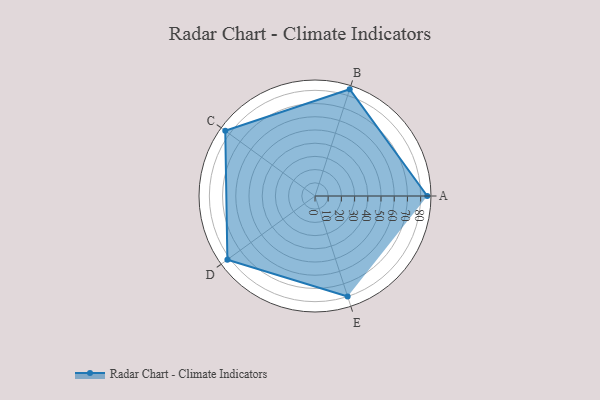
{"axis": {"x": "Skill", "y": "Score"}, "legend": ["Profile"], "data": [{"x": "A", "y": 85.0, "type": "Profile"}, {"x": "B", "y": 85.0, "type": "Profile"}, {"x": "C", "y": 84.0, "type": "Profile"}, {"x": "D", "y": 82.0, "type": "Profile"}, {"x": "E", "y": 80.0, "type": "Profile"}]}